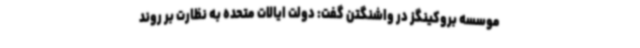
موسسه بروکینگز در واشنگتن گفت: دولت ایالات متحده به نظارت بر روند